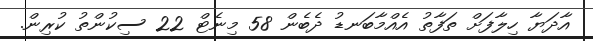
އާދަޔާ ހިލާފަށް ތަފާތު އެއްމާބަނޑު ދެބެން 58 މިނެޓް 22 ސިކުންތު ކުރިން.